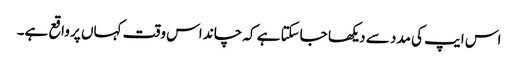
اس ایپ کی مدد سے دیکھا جاسکتا ہے کہ چاند اس وقت کہاں پر واقع ہے۔